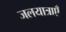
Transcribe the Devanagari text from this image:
जलयात्राएँ